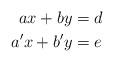
LaTeX: \begin{align*} ax + by &= d\\ a'x + b'y &= e \end{align*}